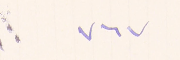
٧٦٧